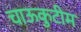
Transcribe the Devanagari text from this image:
चाऊकुटीम